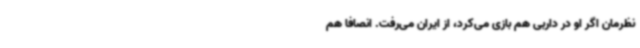
نظرمان اگر او در داربی هم بازی می‌کرد، از ایران می‌رفت. انصافا هم